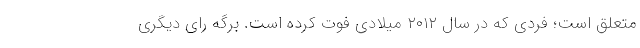
متعلق است؛ فردی که در سال ۲۰۱۲ میلادی فوت کرده است. برگه رای دیگری